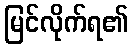
မြင်လိုက်ရ၏